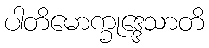
ပါတိမောက္ခုဒ္ဒေသာတိ